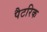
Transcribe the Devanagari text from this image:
पैटरिक